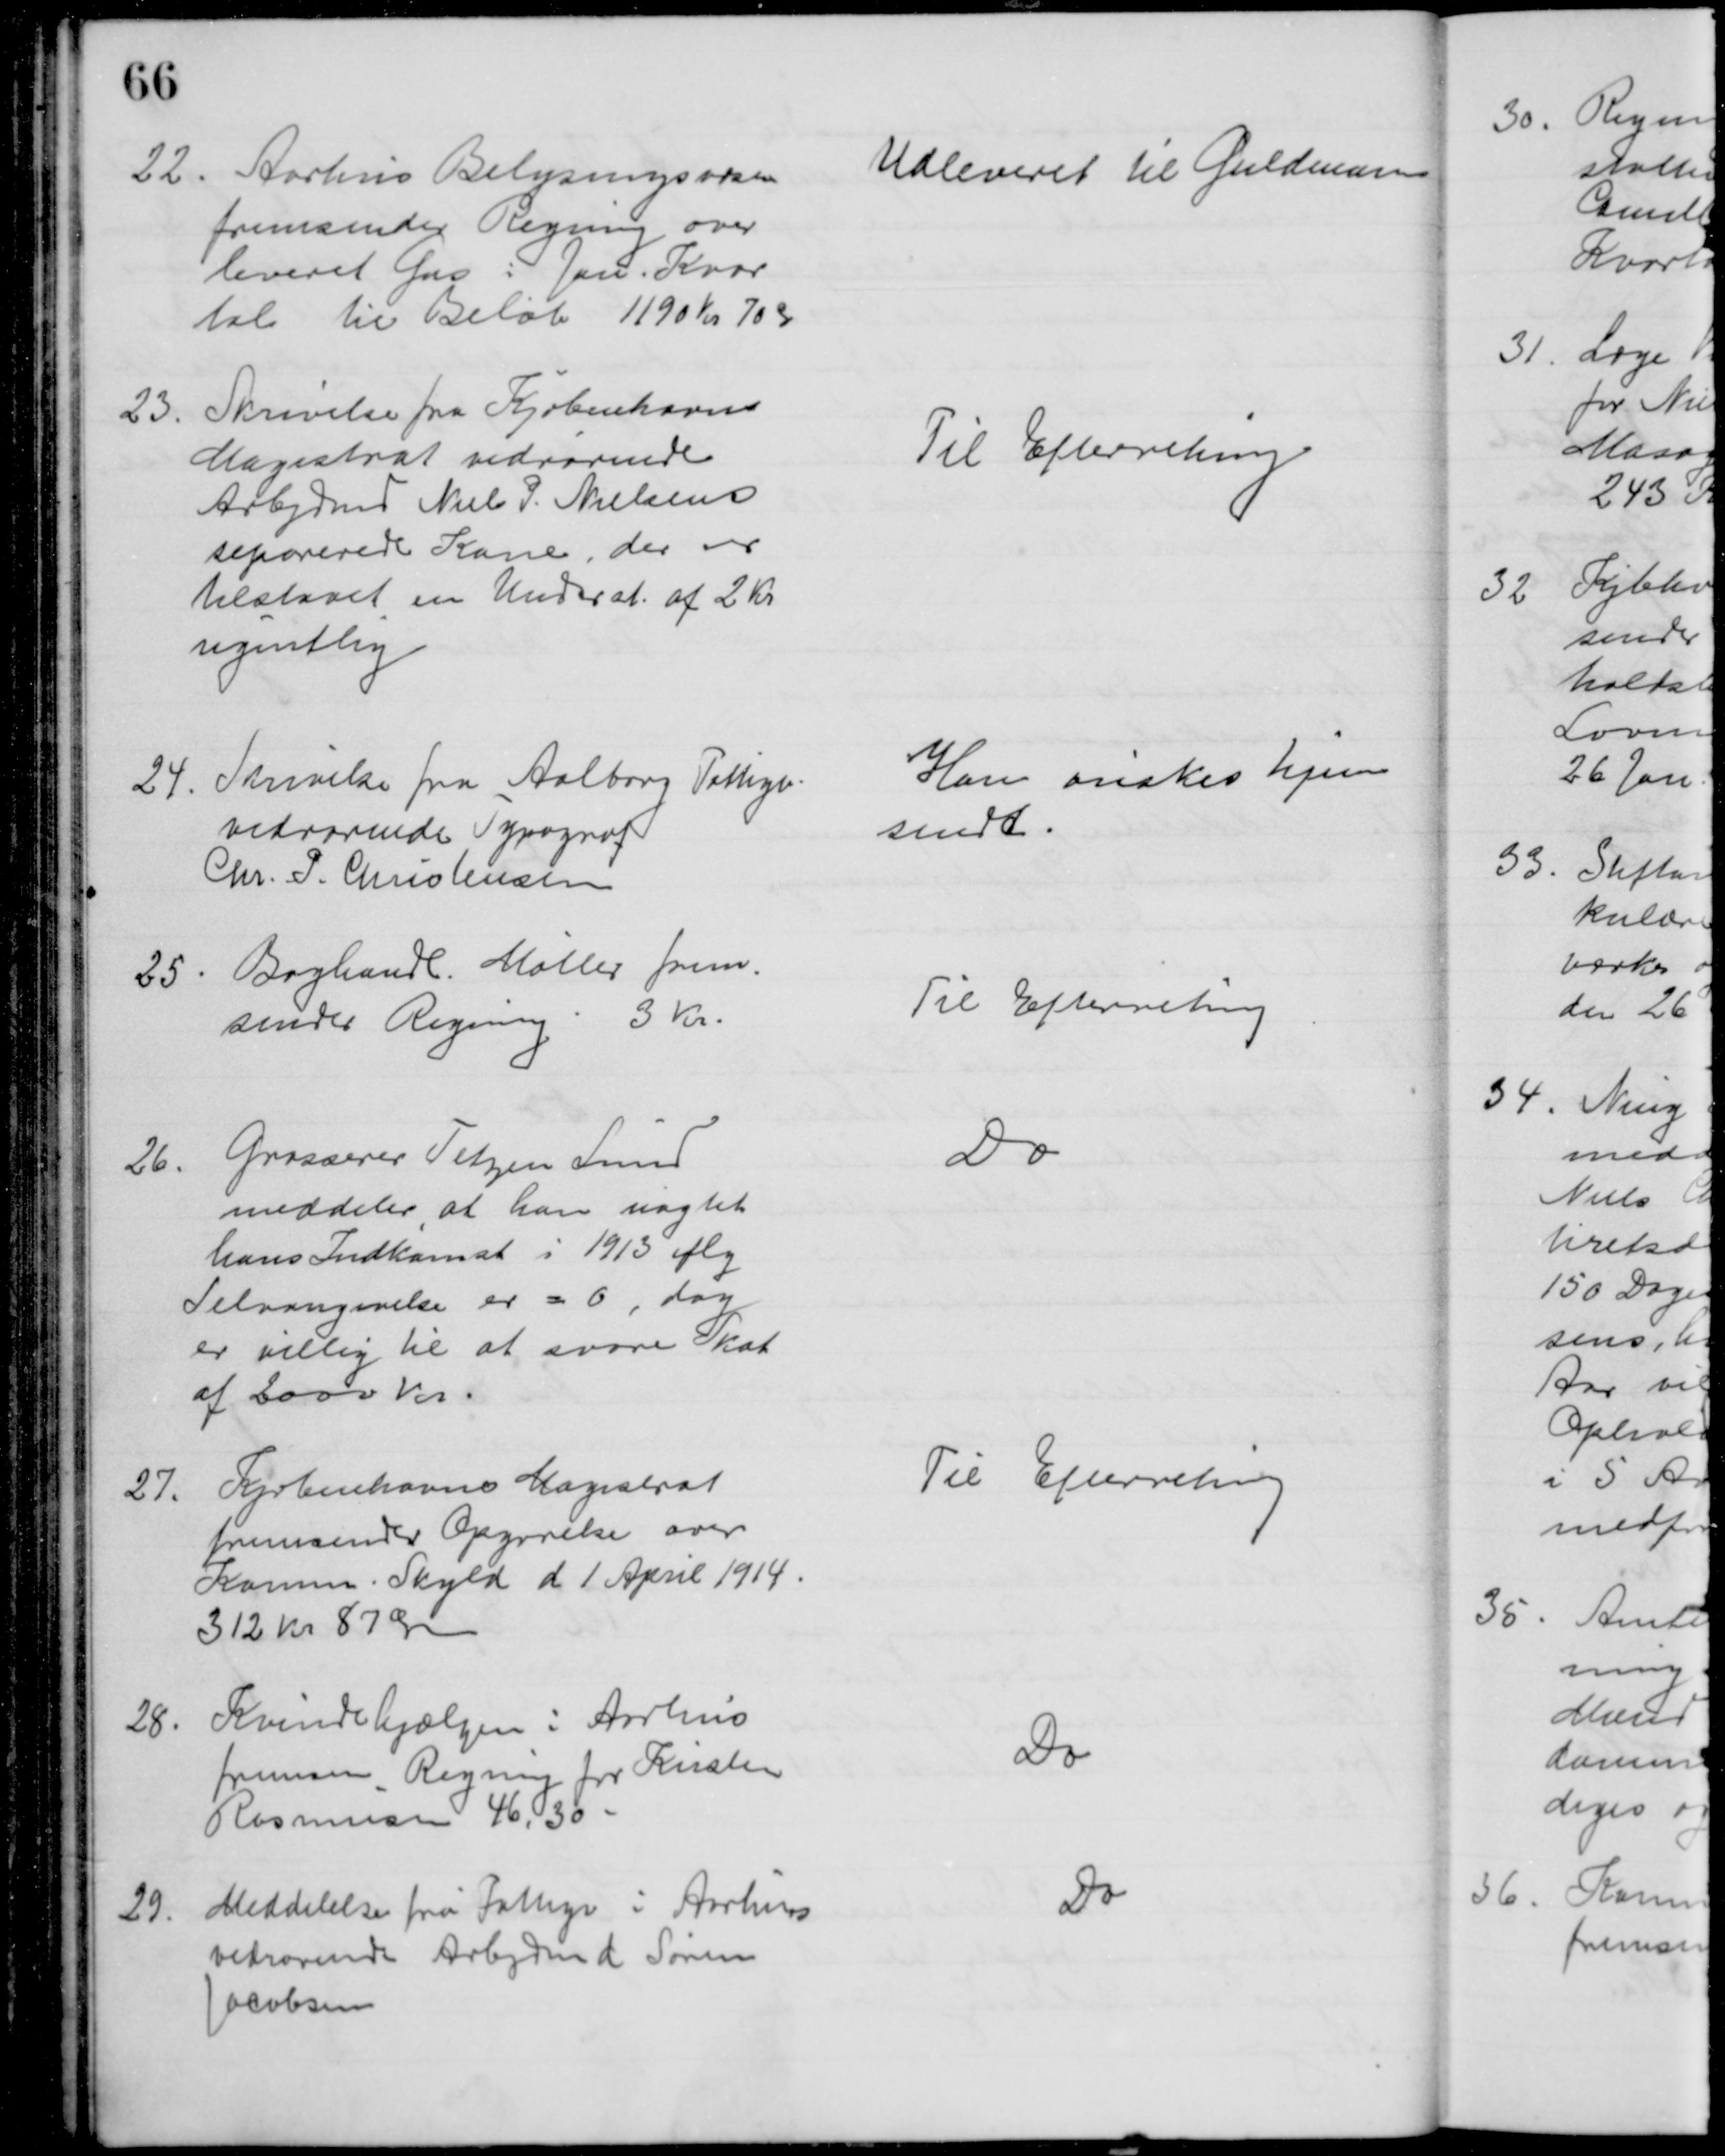
Transskription:
22. Aarhus Belysningsvæsen
fremsender Regning over
leveret Gas i Jan. Kvar
tal til Beløb 1190 Kr. 70 Ør
Udleveret til Guldmann
23.
Skrivelse fra Kjøbenhavns
Magistrat vedrørende
Arbejdsmd Niels P. Nielsens
separerede Kone, der er
tilstaaet en Underst. af 2 Kr
ugentlig
Til Efterretning
24. Skrivelse fra Aalborg Fattigv.
vedrørende Typograf
Chr. P. Christensen
Han ønskes hjem
sendt.
25. Boghandl. Møller frem-
sender Regning 3 Kr.
Til Efterretning
26.
Grosserer Tetzen Lund
meddeler, at han uagtet
hans Indkomst i 1913 iflg
Selvangivelse er = 0, dog
er villig til at svare Skat
af 2000 Kr.
Do
27.
Kjøbenhavns Magistrat
fremsender Opgørelse over
Komm. Skyld d 1 April 1914.
312 kr 87 Øre
Til Efterretning
28.
Kvindehjælpen i Aarhus
fremsen Regning for Kirsten
Rasmussen 46,30 
Do
29.
Meddelelse fra Fattigv i Aarhus
vedrørende Arbejdmd Søren
Jacobsen
Do